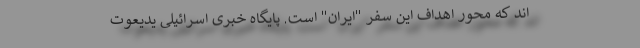
اند که محور اهداف این سفر "ایران" است. پایگاه خبری اسرائیلی یدیعوت